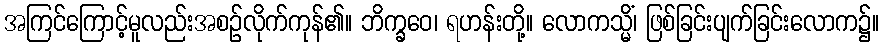
အကြင်ကြောင့်မူလည်းအစဉ်လိုက်ကုန်၏။ ဘိက္ခဝေ၊ ရဟန်းတို့။ လောကသ္မိံ၊ ဖြစ်ခြင်းပျက်ခြင်းလောက၌။